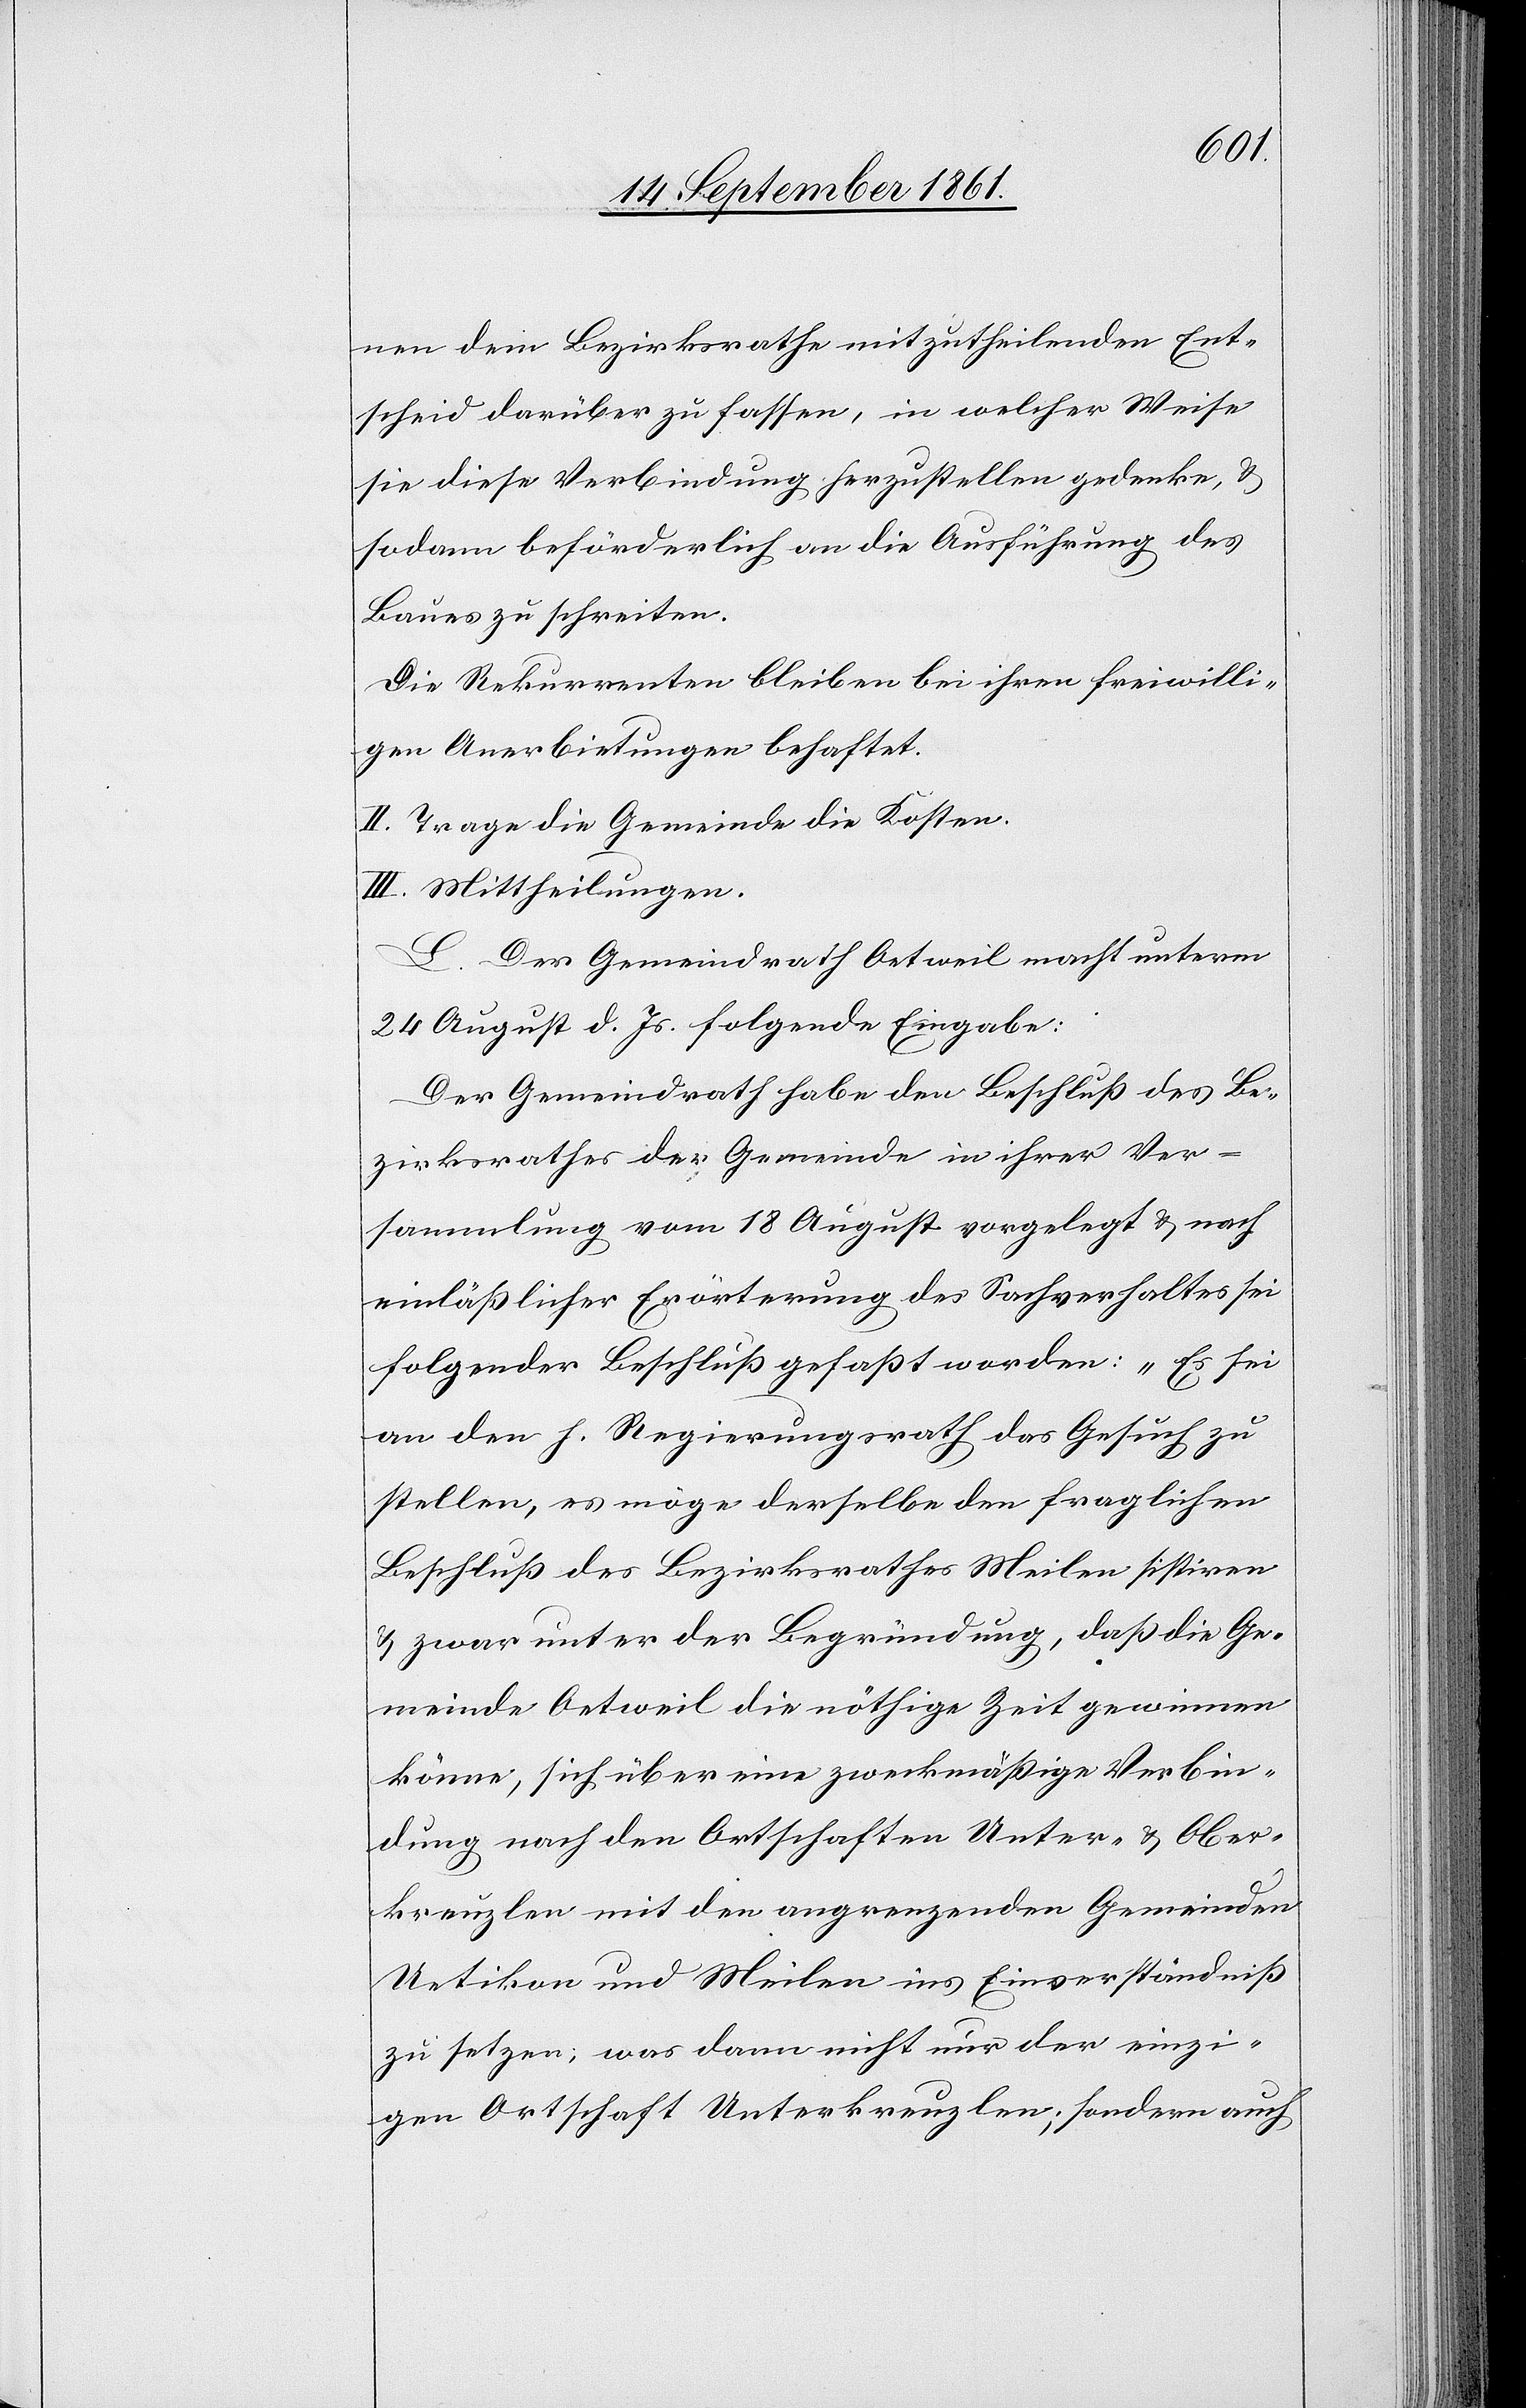
nen dem Bezirksrathe mitzutheilenden Ent¬
scheid darüber zu fassen, in welcher Weise
sie diese Verbindung herzustellen gedenke, u.
sodann beförderlich an die Ausführung des
Baues zu schreiten.
Die Rekurrenten bleiben bei ihren freiwilli¬
gen Anerbietungen behaftet.
II. Trage die Gemeinde die Kosten.
III. Mittheilungen.
L. Der Gemeindrath Oetweil macht unterm
24 August d. Js. folgende Eingabe:
Der Gemeindrath habe den Beschluß des Be¬
zirksrathes der Gemeinde in ihrer Ver¬
sammlung vom 18 August vorgelegt u. nach
einläßlicher Erörterung des Sachverhaltes sei
folgender Beschluß gefaßt worden: „Es sei
an den h. Regierungsrath das Gesuch zu
stellen, es möge derselbe den fraglichen
Beschluß des Bezirksrathes Meilen sistiren
u. zwar unter der Begründung, daß die Ge¬
meinde Oetweil die nöthige Zeit gewinnen
könne, sich über eine zweckmäßige Verbin¬
dung nach den Ortschaften Unter- u. Ober¬
kreuzlen mit den angrenzenden Gemeinden
Uetikon und Meilen ins Einverständniß
zu setzen; was dann nicht nur der einzi¬
gen Ortschaft Unterkreuzlen; sondern auch